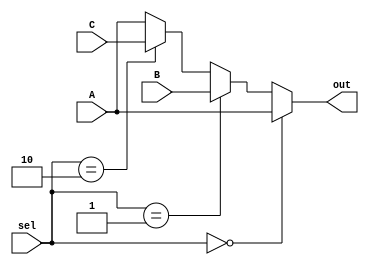
`timescale 1ns / 1ps
//////////////////////////////////////////////////////////////////////////////////
// Group: 21 
// Engineers: P. Godhani & D. Saha
// Module Name:    3:1 multiplexor 
// Description: 	 mulitplexor 3:1 
// 					 
//////////////////////////////////////////////////////////////////////////////////
module Mux3To1(A, B, C, sel, out);
	input [31:0] A, B, C;
	input [1:0] sel;
	output reg [31:0] out;
	always @(*) begin
        if(sel == 2'b00) begin
            out = A;
            end
        else if(sel == 2'b01) begin
            out = B;
            end
        else if(sel == 2'b10) begin
            out = C;
            end
        else begin
            out = A;
            end
    end

endmodule